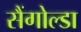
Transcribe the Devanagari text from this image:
सैंगोल्डा